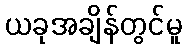
ယခုအချိန်တွင်မူ